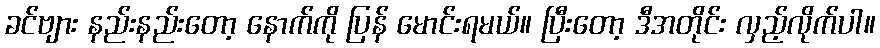
ခင်ဗျား နည်းနည်းတော့ နောက်ကို ပြန် မောင်းရမယ်။ ပြီးတော့ ဒီအတိုင်း လှည့်လိုက်ပါ။